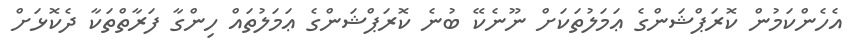
އެހެންކަމުން ކޮރަޕްޝަންގެ ޢަމަލުތަކަށް ނޫނެކޭ ބުނެ ކޮރަޕްޝަންގެ ޢަމަލުތައް ހިންގާ ފަރާތްތަކާ ދެކޮޅަށް